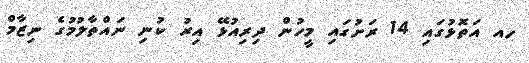
ހއ އަތޮޅުގައި 14 ރަށުގައި މީހުން ދިރިއުޅޭ އިރު ކުނި ނައްތާލުމުގެ ނިޒާމް